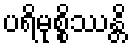
ပရိမုစ္စိဿန္တိ